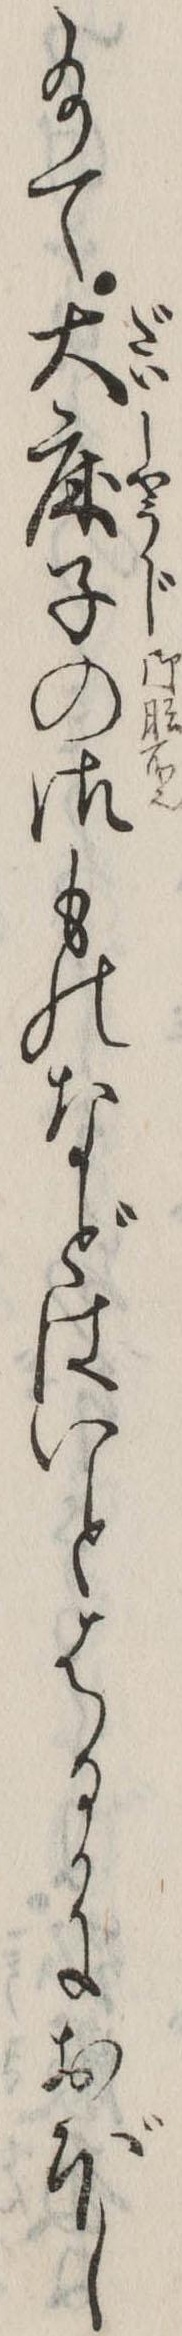
給て大床子の御ものなどはいとはるかにおぼし